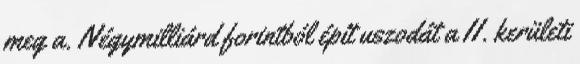
meg a. Négymilliárd forintból épít uszodát a II. kerületi